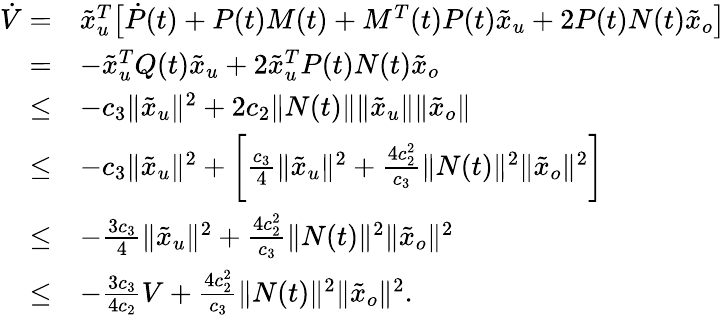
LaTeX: \begin{array}{rl}{\dot{V}=}&{\tilde{x}_{u}^{T}\big[\dot{P}(t)+P(t)M(t)+M^{T}(t)P(t)\tilde{x}_{u}+2P(t)N(t)\tilde{x}_{o}\big]}\\ {=}&{-\tilde{x}_{u}^{T}Q(t)\tilde{x}_{u}+2\tilde{x}_{u}^{T}P(t)N(t)\tilde{x}_{o}}\\ {\leq}&{-c_{3}\| \tilde{x}_{u}\| ^{2}+2c_{2}\| N(t)\| \| \tilde{x}_{u}\| \| \tilde{x}_{o}\| }\\ {\leq}&{-c_{3}\| \tilde{x}_{u}\| ^{2}+\bigg[\frac{c_{3}}{4}\| \tilde{x}_{u}\| ^{2}+\frac{4c_{2}^{2}}{c_{3}}\| N(t)\| ^{2}\| \tilde{x}_{o}\| ^{2}\bigg]}\\ {\leq}&{-\frac{3c_{3}}{4}\| \tilde{x}_{u}\| ^{2}+\frac{4c_{2}^{2}}{c_{3}}\| N(t)\| ^{2}\| \tilde{x}_{o}\| ^{2}}\\ {\leq}&{-\frac{3c_{3}}{4c_{2}}V+\frac{4c_{2}^{2}}{c_{3}}\| N(t)\| ^{2}\| \tilde{x}_{o}\| ^{2}.}\end{array}